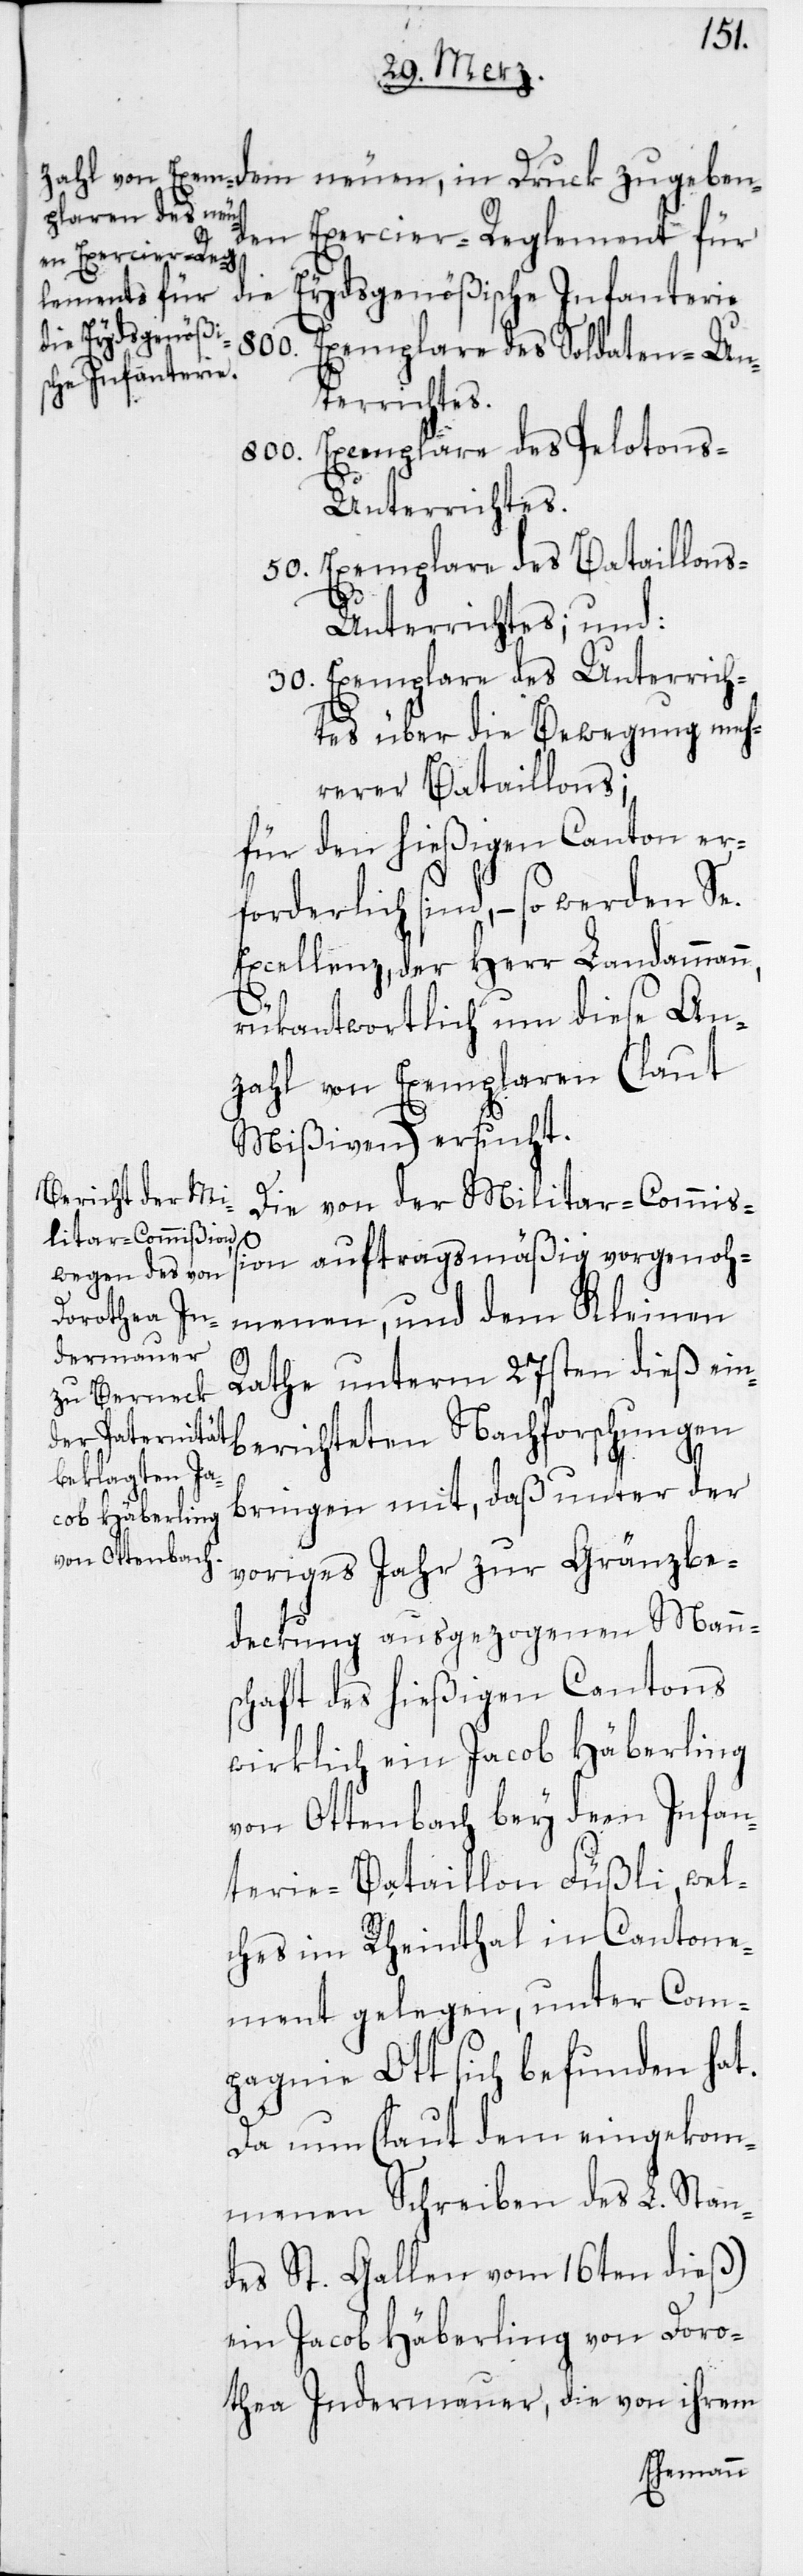
den Exercier-Reglement für
in Druck zugeben¬
die Eydsgenößische Infanterie
800.
Exemplare des Pelotons-Un¬
terrichtes.
50. Exemplare des Bataillon¬
s-Unterrichtes; und:
30. Exemplare des Unterrich¬
tes über die Bewegung meh¬
rerer Bataillons;
für den hießigen Canton er¬
forderlich sind, – so werden Se.
Excellenz, der Herr Landammann,
rükantwortlich um diese An¬
zahl von Exemplaren (laut
Mißiven) ersucht.
Die von der Militar-Commiß¬
ion auftragsmäßig vorgenoh¬
menen, und dem Kleinen
Rathe unterm 27sten dieß ein¬
berichteten Nachforschungen
bringen mit, daß unter der
voriges Jahr zur Gränzbe¬
deckung ausgezogenen Mann¬
schaft des hießigen Cantons
wirklich ein Jacob Häberling
von Ottenbach bey dem Infan¬
terie-Bataillon Füßli, wel¬
ches im Rheinthal in Cantone¬
ment gelegen, unter Com¬
pagnie Ott sich befunden hat.
Da nun (laut dem eingekom¬
menen Schreiben des L. Stan¬
des St. Gallen vom 16ten dieß)
ein Jacob Häberling von Doro¬
thea Indermauer, die von ihrem